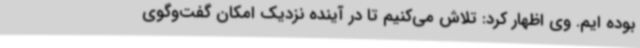
بوده ایم. وی اظهار کرد: تلاش می‌کنیم تا در آینده نزدیک امکان گفت‌وگوی